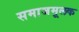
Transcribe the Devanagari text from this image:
समाजमूलक